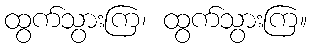
ထွက်သွားကြ၊ ထွက်သွားကြ။